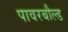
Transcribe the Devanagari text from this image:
पावरबौल्ड